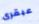
عبقرى